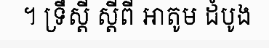
។ ទ្រឹស្តី ស្តីពី អាតូម ដំបូង